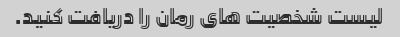
لیست شخصیت های رمان را دریافت کنید.